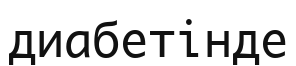
диабетінде